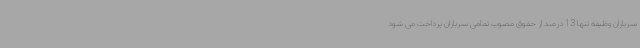
سربازان وظیفه تنها 13 درصد از حقوق مصوب تمامی سربازان پرداخت می شود